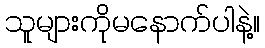
သူများကိုမနောက်ပါနဲ့။